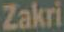
Zakri